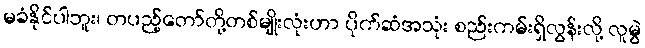
မခံနိုင်ပါဘူး၊ တပည့်တော်တို့တစ်မျိုးလုံးဟာ ပိုက်ဆံအသုံး စည်းကမ်းရှိလွန်းလို့ လူမွဲ